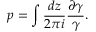
p = \int { \frac { d z } { 2 \pi i } } { \frac { \partial \gamma } { \gamma } } .